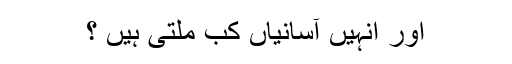
اور انہیں آسانیاں کب ملتی ہیں ؟